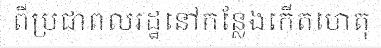
ពីប្រជាពលរដ្ឋនៅកន្លែងកើតហេតុ